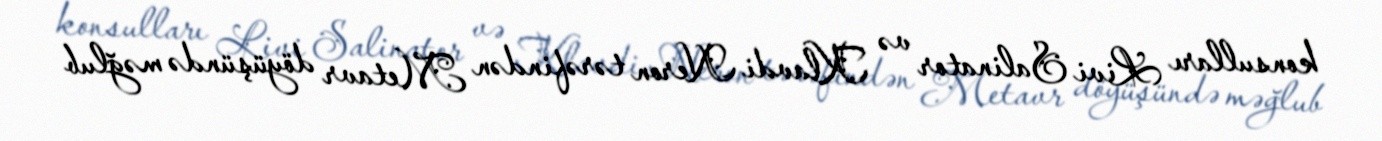
konsulları Livi Salinator və Klavdi Neron tərəfindən Metavr döyüşündə məğlub